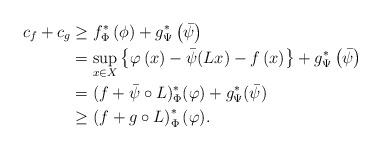
LaTeX: \begin{align*}c_f+c_g & \geq f^{*}_\Phi \left(\phi\right)+g^{*}_\Psi\left(\bar{\psi}\right)\\ & =\sup_{x\in X} \left\{\varphi\left(x\right)-\bar{\psi} (Lx)-f\left(x\right) \right\}+g^{*}_\Psi\left(\bar{\psi}\right)\\ & = (f+\bar{\psi}\circ L)^*_\Phi (\varphi) + g^*_\Psi (\bar{\psi})\\ & \geq \left(f+g\circ L\right)^*_\Phi (\varphi).\end{align*}